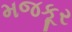
મજકૂર